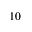
1 0